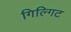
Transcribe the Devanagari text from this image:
गिल्गिट